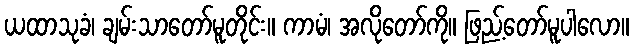
ယထာသုခံ၊ ချမ်းသာတော်မူတိုင်း။ ကာမံ၊ အလိုတော်ကို။ ဖြည့်တော်မူပါလော။